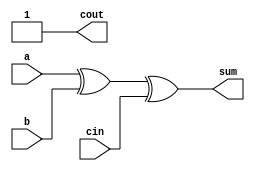
module full_adder2(a,b,cin,sum,cout);
input a,b,cin;
output sum,cout;
assign sum = a^b^cin;
assign cout = a&b|1'b1; 
// initial begin
//     $display("The incorrect adder with and1 and or1 having out/1 and in2/1");
// end   
endmodule